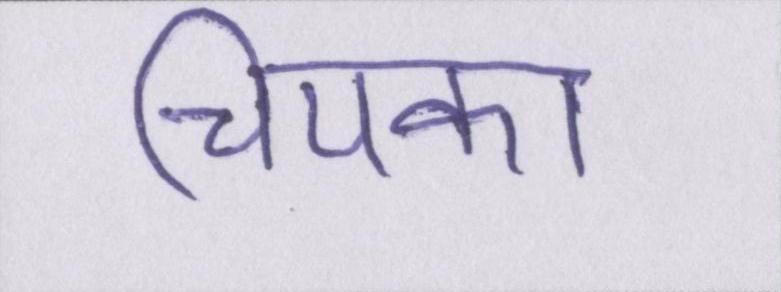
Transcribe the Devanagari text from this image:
चिपका